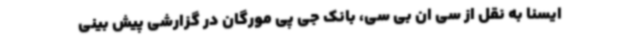
ایسنا به نقل از سی ان بی سی، بانک جی پی مورگان در گزارشی پیش بینی